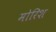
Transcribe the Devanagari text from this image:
मोरिश